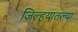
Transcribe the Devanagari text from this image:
जिल्हयातल्या